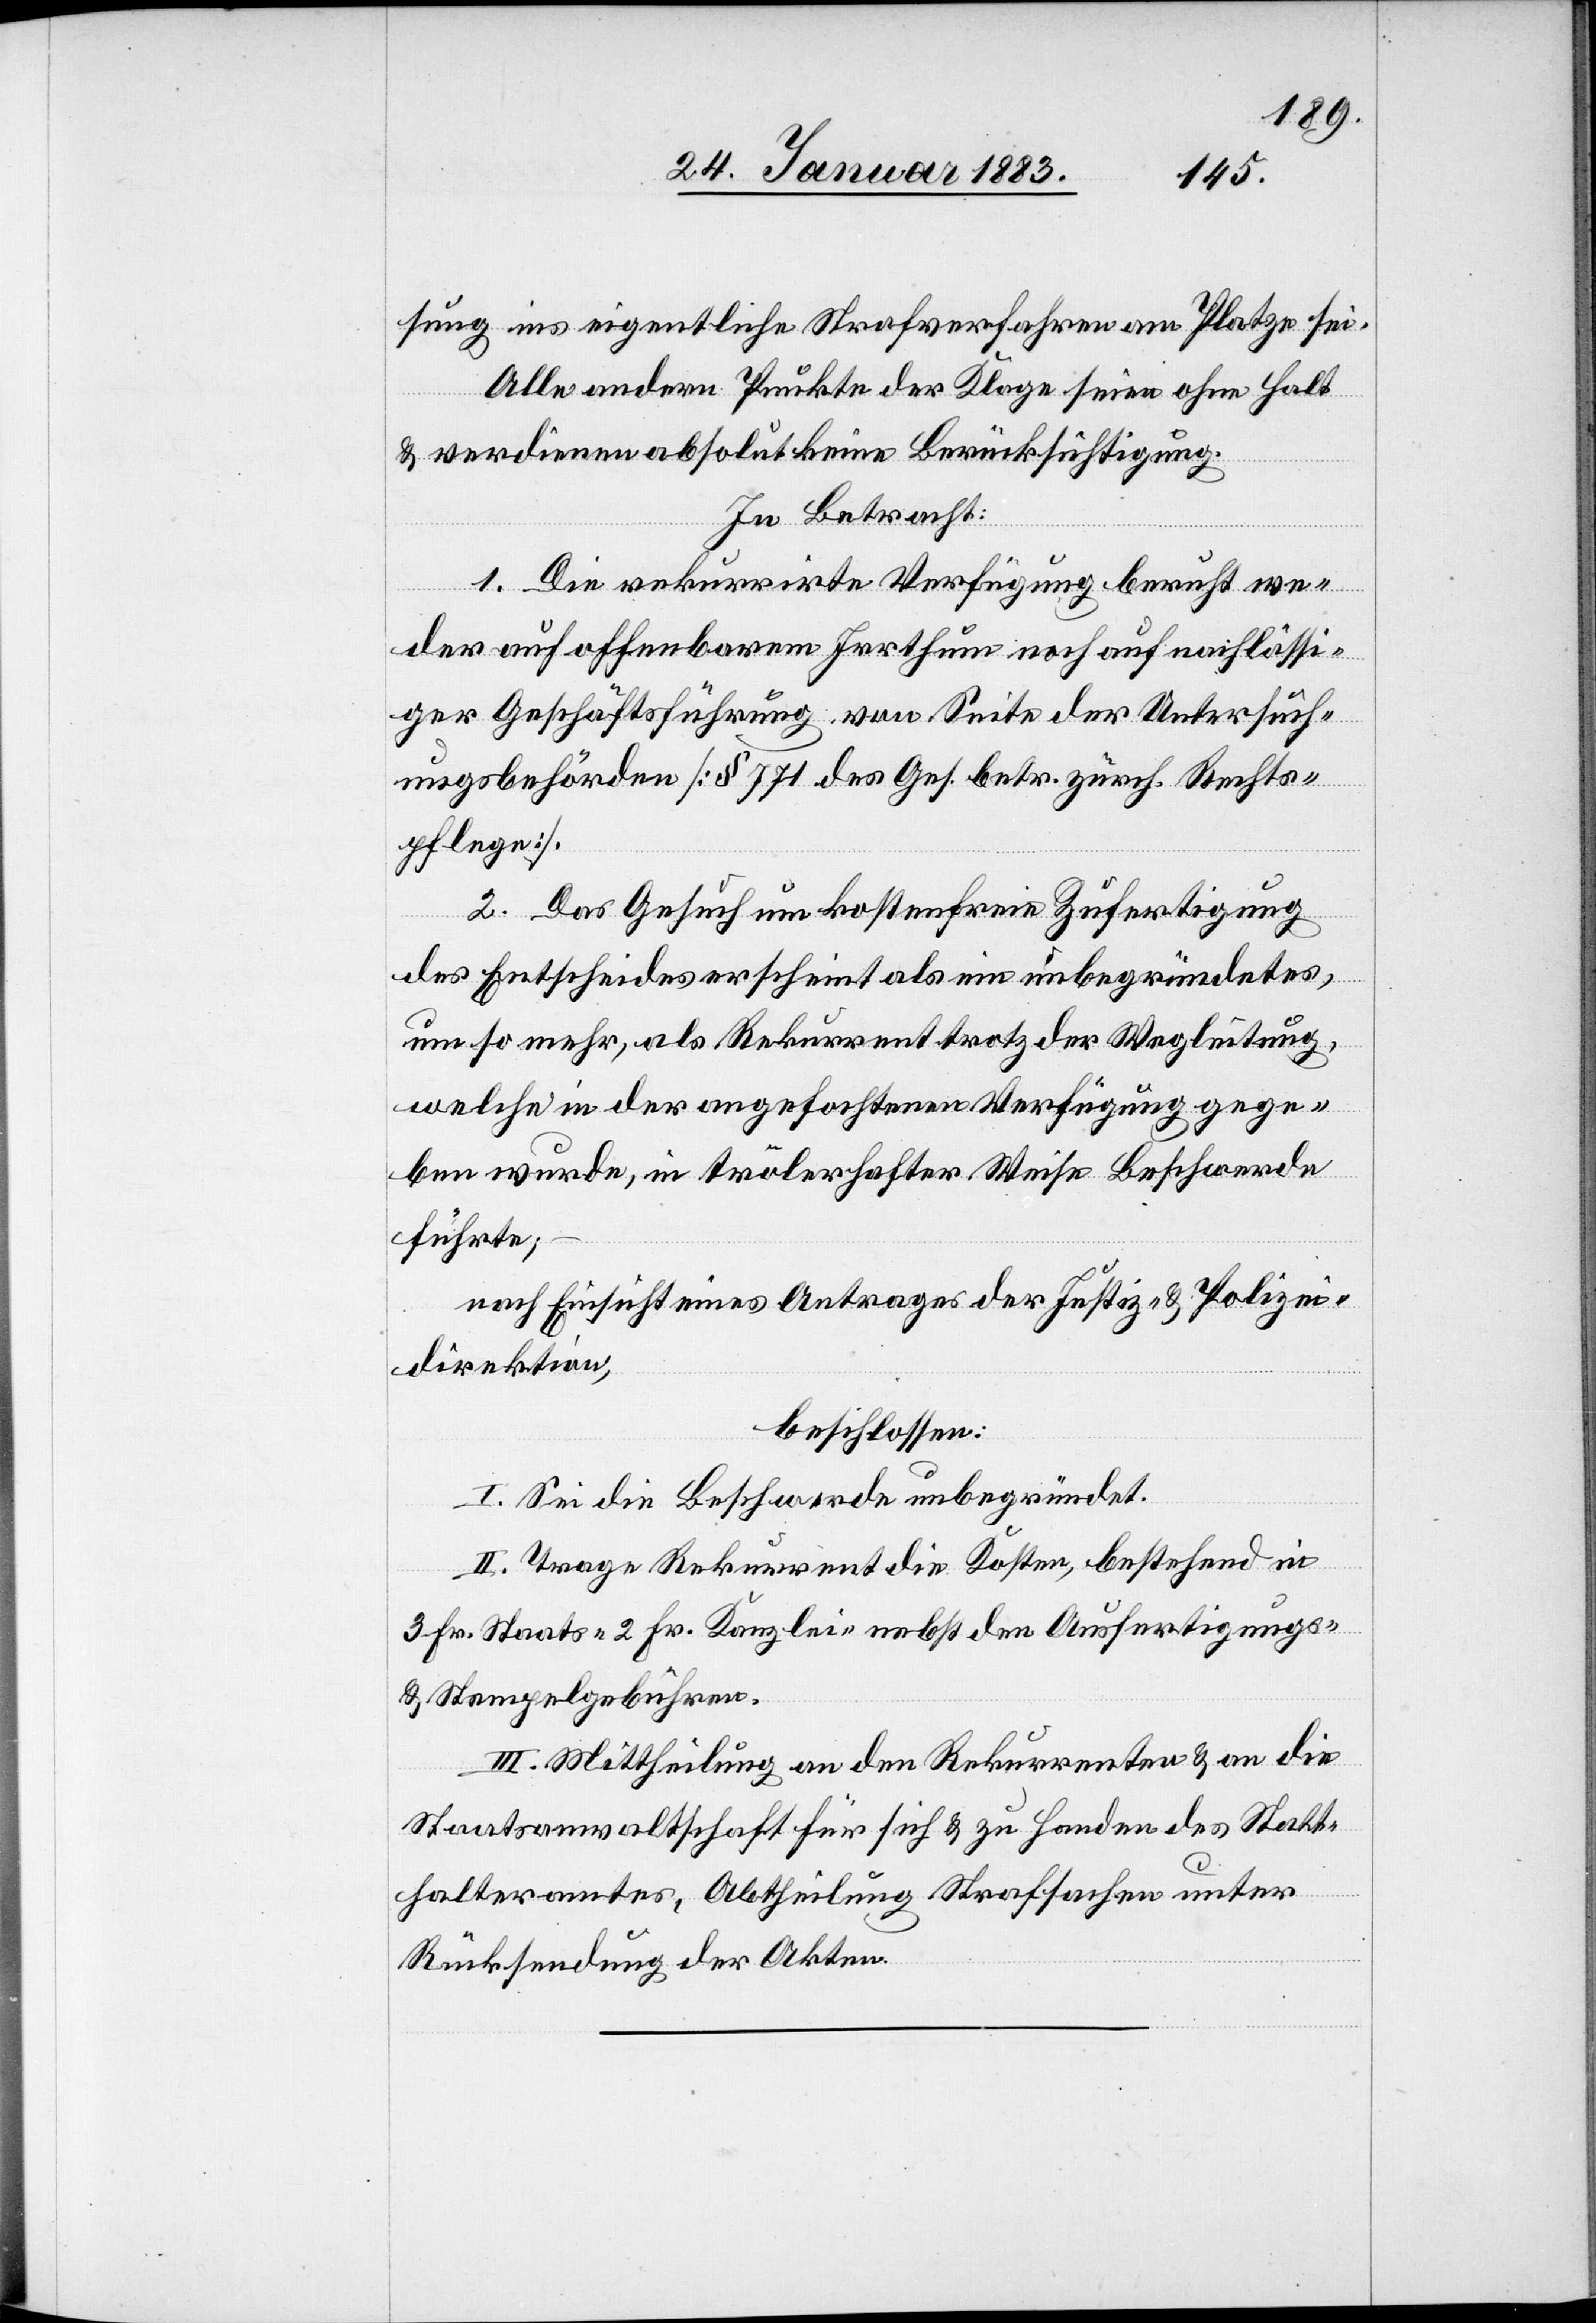
sung ins eigentliche Strafverfahren am Platze sei.
Alle andern Punkte der Klage seien ohne Halt
& verdienen absolut keine Berücksichtigung.
In Betracht:
1. Die rekurrirte Verfügung beruht we¬
der auf offenbarem Irrthum noch auf nachlässi¬
ger Geschäftsführung von Seite der Untersuch¬
ungsbehörden [§ 771 des Gesetzes. betr. zürch. Rechts¬
pflege].
2. Das Gesuch um kostenfreie Zufertigung
des Entscheides erscheint als ein unbegründetes,
um so mehr, als Rekurrent trotz der Wegleitung,
welche in der angefochtenen Verfügung gege¬
ben wurde, in trölerhafter Weise Beschwerde
führte;
nach Einsicht eines Antrages der Justiz- & Polizei¬
direktion,
beschlossen:
I. Sei die Beschwerde unbegründet.
II. Trage Rekurrent die Kosten, bestehend in
3 Fr. Staats- 2 Fr. Kanzlei- nebst den Ausfertigungs-
& Stempelgebühren.
III. Mittheilung an den Rekurrenten & an die
Staatsanwaltschaft für sich & zu Handen des Statt¬
halteramtes, Abtheilung Strafsachen unter
Rücksendung der Akten.